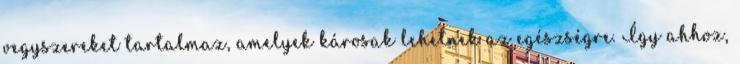
vegyszereket tartalmaz, amelyek károsak lehetnek az egészségre. Így ahhoz,